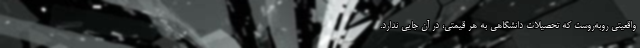
واقعیتی روبه‌روست که تحصیلات دانشگاهی به هر قیمتی، در آن جایی ندارد.